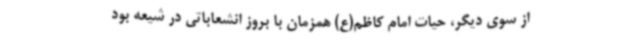
از سوی دیگر، حیات امام کاظم(ع) همزمان با بروز انشعاباتی در شیعه بود